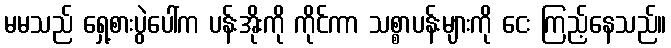
မမသည် ရှေ့စားပွဲပေါ်က ပန်းအိုးကို ကိုင်ကာ သစ္စာပန်းများကို ငေး ကြည့်နေသည်။